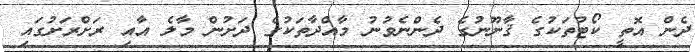
ދެން އޮތީ ކޯޓުތަކުގެ ޤާނޫނުގެ ދެންނެވުނު މާއްދާތަކުގެ ދަށުން މާލެ އާއި ރަށްރަށުގައި